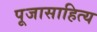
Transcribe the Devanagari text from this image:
पूजासाहित्य